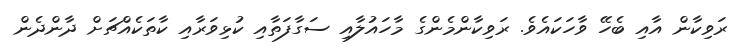
ރަވިކާން އާއި ބެހޭ ވާހަކައެވެ. ރަވިކާންމެންގެ މާހައުލާއި ސަގާފަތާއި ކުޅިވަރާއި ކާތަކެއްޗަށް ދާންދެން